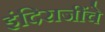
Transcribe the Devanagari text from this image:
इंदिराजींचे